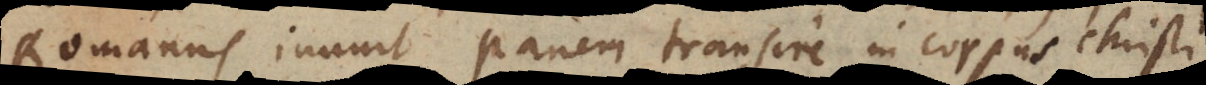
Romanus innuit panem transire in corpus Christi